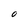
Character: O